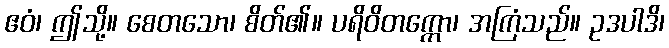
ဧဝံ၊ ဤသို့။ စေတသော၊ စိတ်၏။ ပရိဝိတက္ကော၊ အကြံသည်။ ဥဒပါဒိ၊